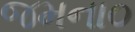
જમના૦